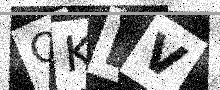
Text: OKDV